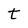
Character: t